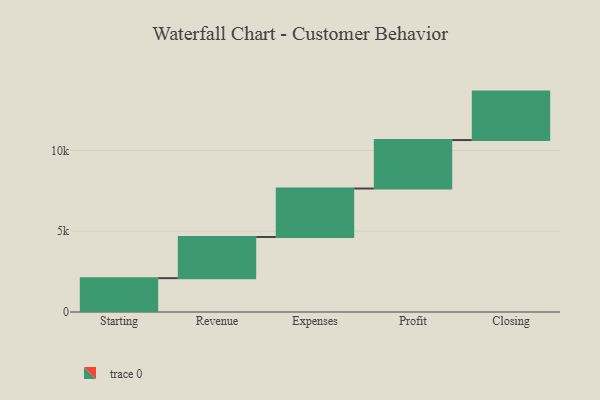
{"axis": {"x": "Step", "y": "Value"}, "legend": [""], "data": [{"x": "Starting", "y": 2095.0, "type": ""}, {"x": "Revenue", "y": 2548.0, "type": ""}, {"x": "Expenses", "y": 3000, "type": ""}, {"x": "Profit", "y": 3000, "type": ""}, {"x": "Closing", "y": 3000, "type": ""}]}